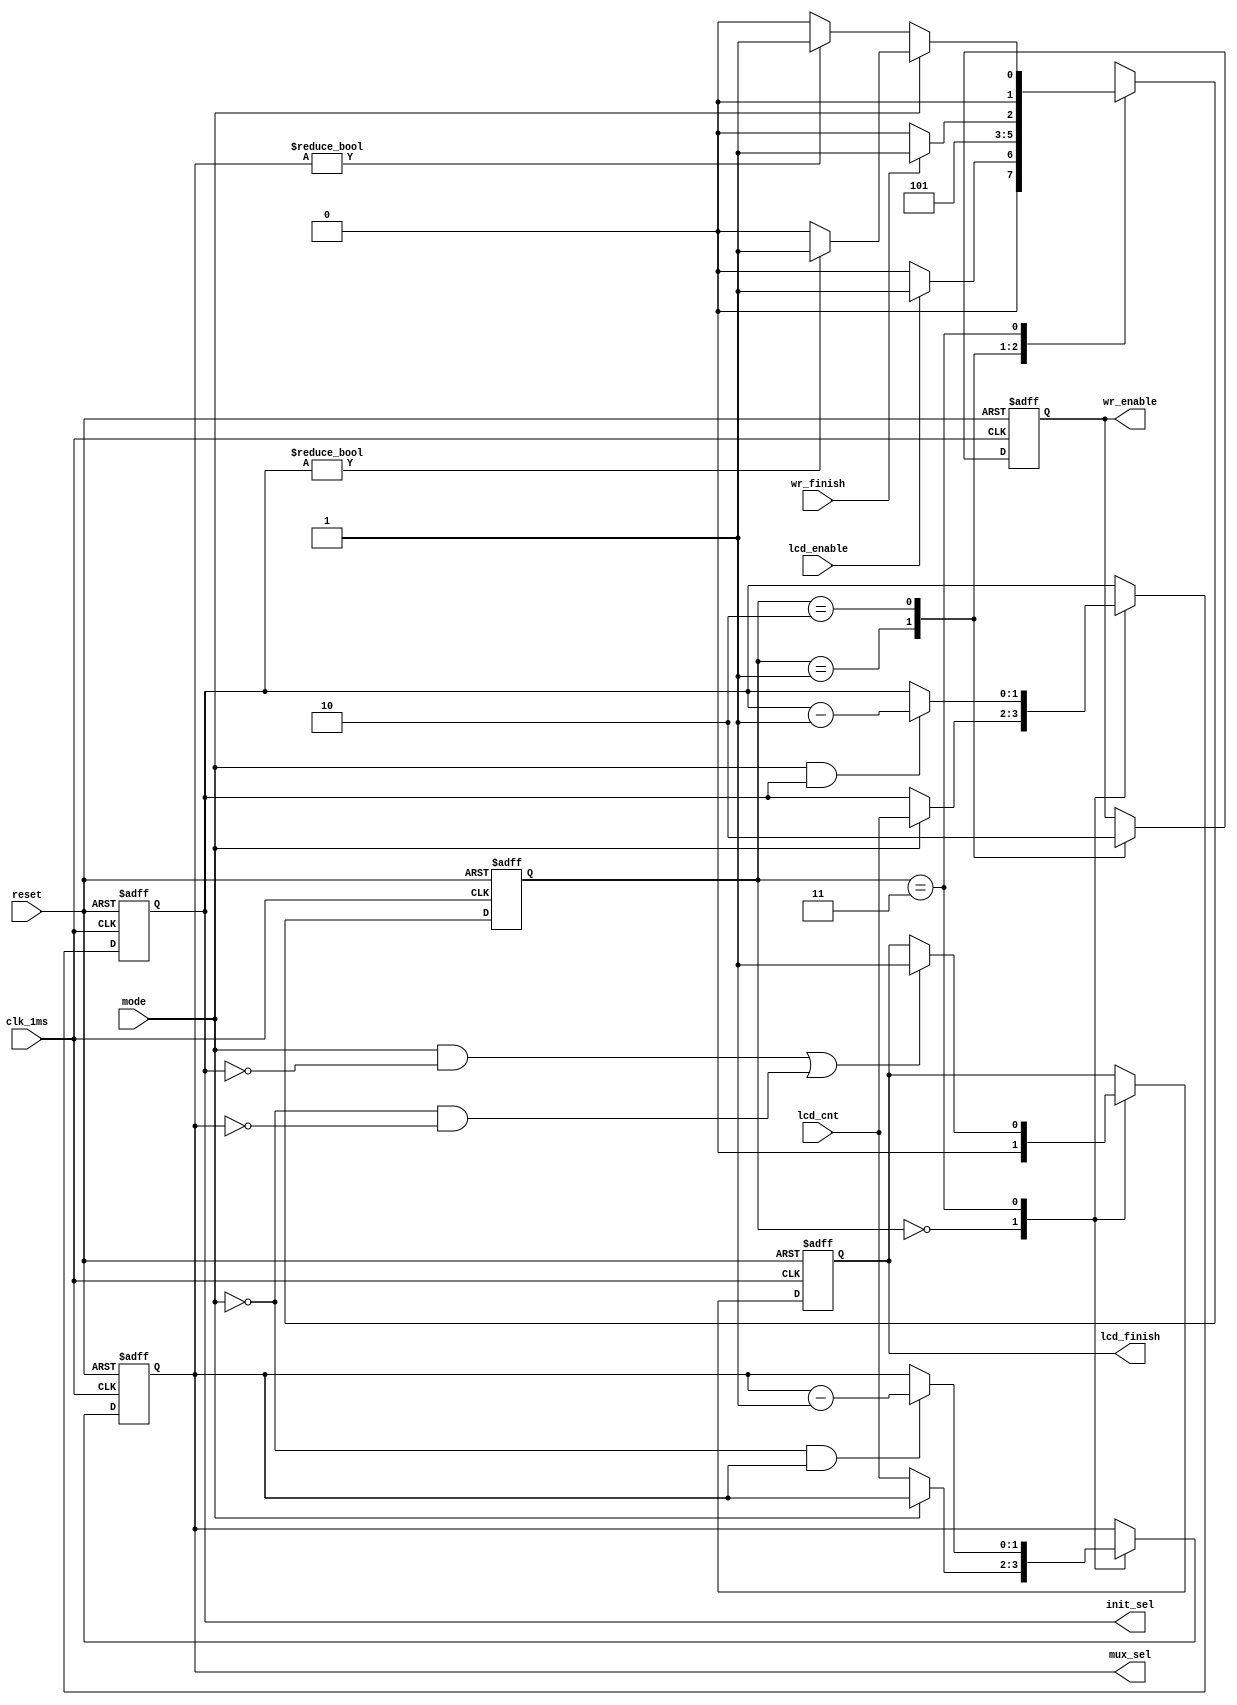
`timescale 1ns / 1ps

module lcd_init_refresh(
    input wr_finish,
    input clk_1ms,
    input reset,
    input mode,
    input [1:0] lcd_cnt,
    input lcd_enable,
    output reg wr_enable,
    output reg [1:0] mux_sel,
    output reg [1:0] init_sel,
    output reg lcd_finish
    );

reg [1:0] st, ust;
localparam idle=2'b00, data=2'b01, data1=2'b10, endlcd=2'b11;

always@(posedge clk_1ms, posedge reset)
	if(reset)
		st<=idle;
	else
		st<=ust;

always@(posedge clk_1ms, posedge reset)
	if(reset)
		init_sel <= 2'b0;
	else case(st)
		idle: 
			if(mode) init_sel <= lcd_cnt;
		endlcd: 
			if (mode && init_sel)
				init_sel <= init_sel - 1;
	endcase

always@(posedge clk_1ms, posedge reset)
	if(reset)
		mux_sel <= 2'b0;
	else case(st)
		idle: 
			if(!mode) 
				mux_sel <= lcd_cnt;
		endlcd:
			if (!mode && mux_sel)
				mux_sel <= mux_sel - 1;
	endcase
	
always@(posedge clk_1ms, posedge reset)
	if(reset)
		wr_enable <= 0;
	else case(st)
		data: 
			wr_enable <= 1;
		data1: 
			wr_enable <= 0;
	endcase

always@(posedge clk_1ms, posedge reset)
	if(reset)
		lcd_finish <= 0;
	else case(st)
		idle: 
			lcd_finish <= 0;
		endlcd: 
			if( (mode && !init_sel)||(!mode && !mux_sel))
				lcd_finish <= 1;
	endcase

always @*
begin
	case (st)
		idle:
			if (lcd_enable)
				ust = data;
			else
				ust = idle;
		data:
			ust = data1;
		data1: 
			if (wr_finish)
				ust = endlcd;
			else
				ust = data1;
		endlcd: 
				if (mode)
					if (init_sel != 2'b00)
						ust = data;
					else
						ust = idle;
				else
					if (mux_sel != 2'b00)
						ust = data;
					else
						ust = idle;
	endcase
end

endmodule